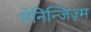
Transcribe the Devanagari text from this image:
मेनिन्जिज़्म